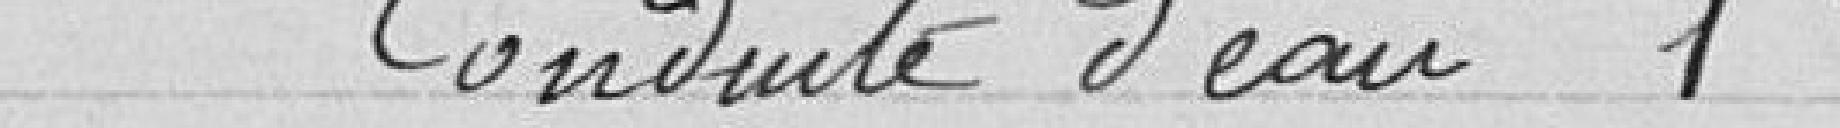
Conduite d'eau 1